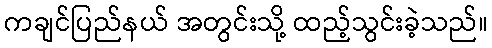
ကချင်ပြည်နယ် အတွင်းသို့ ထည့်သွင်းခဲ့သည်။